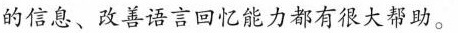
的信息、改善语言回忆能力都有很大帮助。